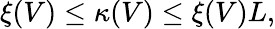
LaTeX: \begin{array}{r}{\xi(V)\le\kappa(V)\le\xi(V)L,}\end{array}